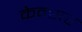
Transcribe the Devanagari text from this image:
केन्सर